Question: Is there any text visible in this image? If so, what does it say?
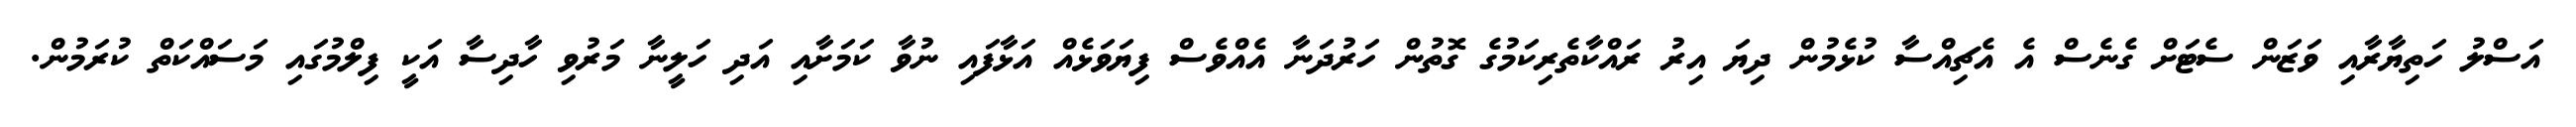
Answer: އަސްލު ހަތިޔާރާއި ވަޒަން ސެޓަށް ގެނެސް އެ އެޗިއްސާ ކުޅެމުން ދިޔަ އިރު ރައްކާތެރިކަމުގެ ގޮތުން ހަރުދަނާ އެއްވެސް ފިޔަވަޅެއް އަޅާފައި ނުވާ ކަމަށާއި އަދި ހަލީނާ މަރުވި ހާދިސާ އަކީ ފިލްމުގައި މަސައްކަތް ކުރަމުން.